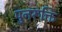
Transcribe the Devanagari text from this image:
पुनरूक्ति